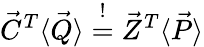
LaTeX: \vec{C}^{T}\langle\vec{Q}\rangle\stackrel{!}{=}\vec{Z}^{T}\langle\vec{P}\rangle